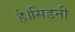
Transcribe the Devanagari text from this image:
है।सिडनी